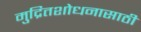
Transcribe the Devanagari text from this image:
मुद्रितशोधनासाठी